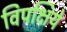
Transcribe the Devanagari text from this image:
विपक्षिये